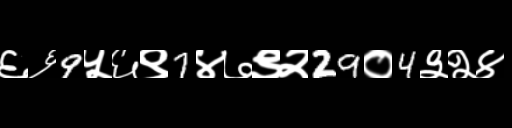
Text: ६६9५६९7४७९२29०4३२४